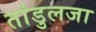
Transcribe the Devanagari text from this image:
तांडुलजा